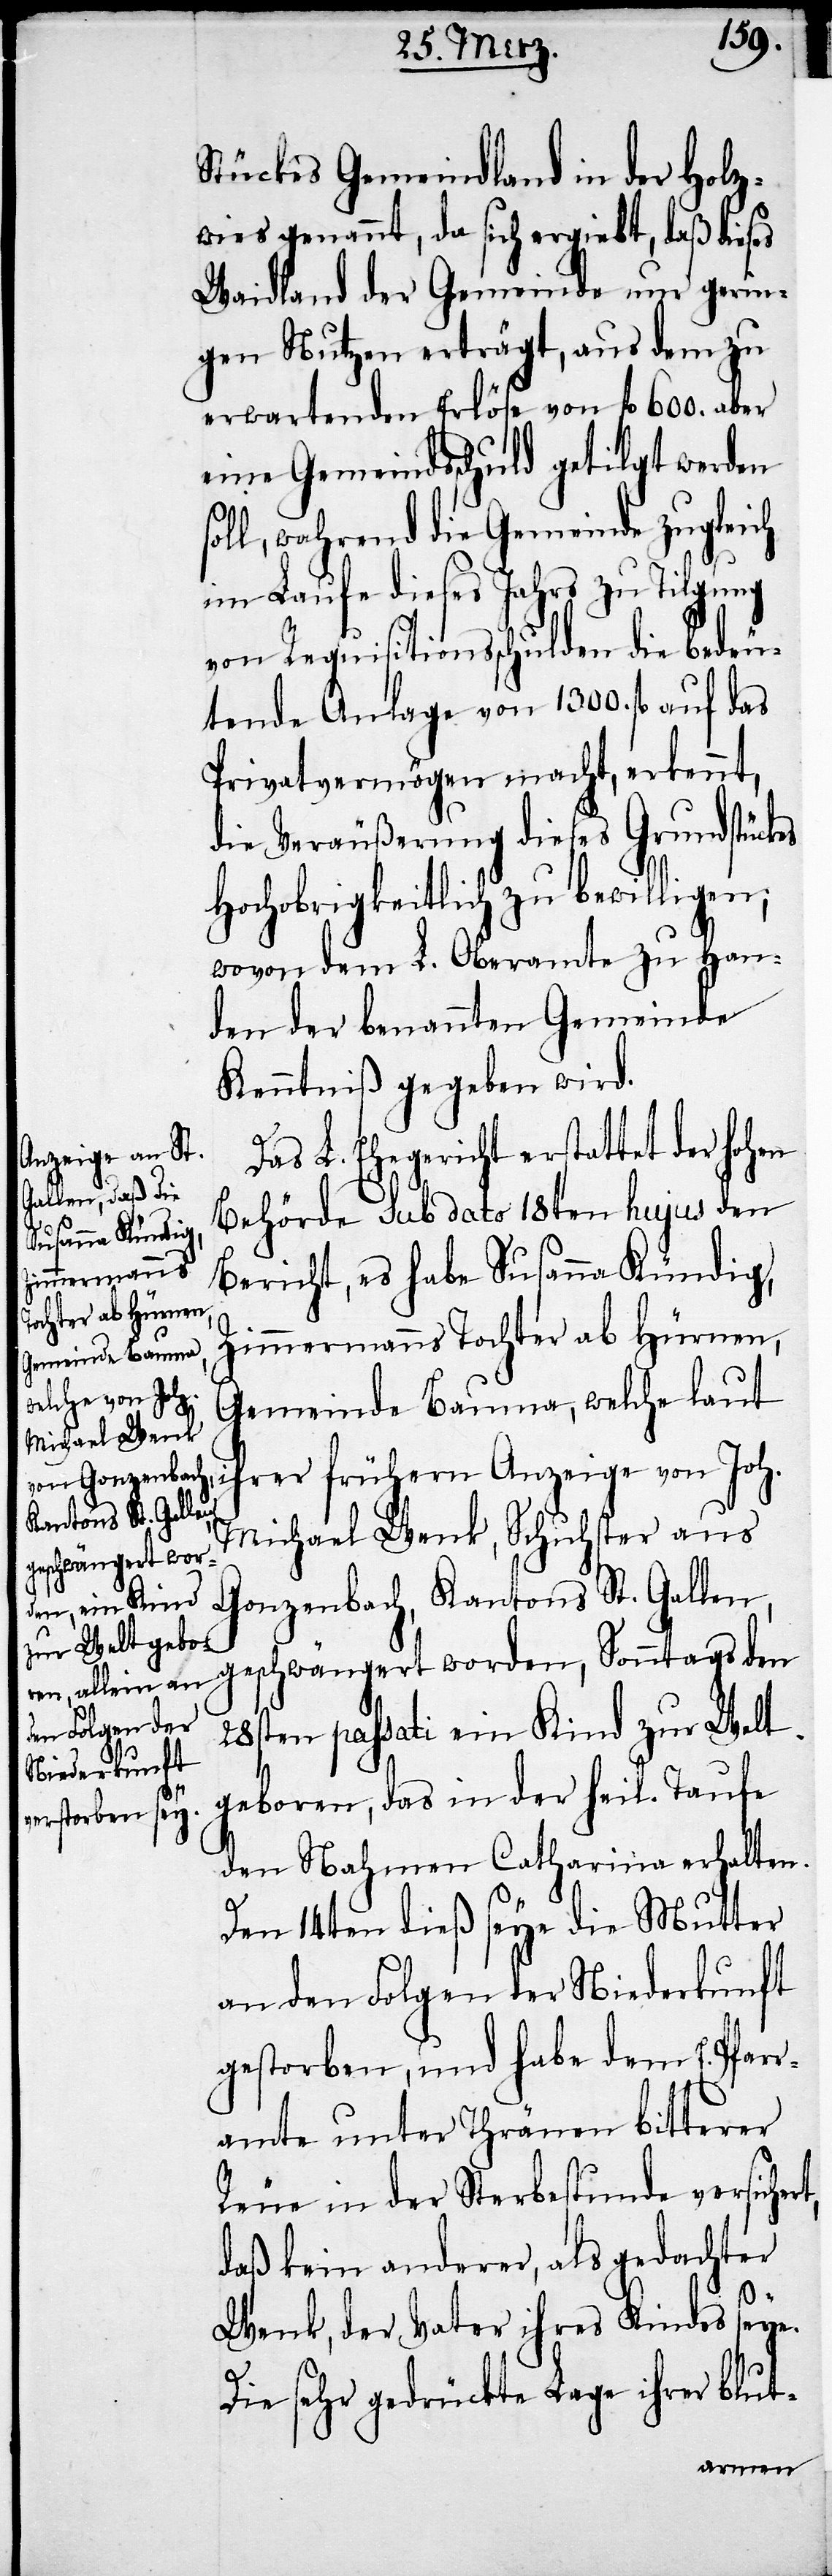
Stückes Gemeindland in der Holz¬
wies genannt, da sich ergiebt, daß dieses
Waidland der Gemeinde nur gerin¬
gen Nutzen erträgt, aus dem zu
erwartenden Erlöse von fl. 600. aber
eine Gemeindsschuld getilgt werden
oll, während die Gemeinde zugleich
im Laufe dieses Jahres zu Tilgung
von Requisitionsschulden die bedeu¬
tende Anlage von 1300. fl. auf das
Privatvermögen macht, erkennt,
die Veräußerung dieses Grundstückes
Hochobrigkeitlich zu bewilligen;
wovon dem L. Oberamte zu Han¬
den der benannten Gemeinde
Kenntniß gegeben wird.
L. Ehegericht erstattet der hohen
Behörde sub dato 18ten hujus den
Bericht, es habe Susanna Kündig,
Zimmermanns Tochter ab Hürnen,
Gemeinde Bauma, welche laut
hrer frühern Anzeige von Joh.
t,
Michael Wenk, Schuhster aus
geschwängert word¬
Gonzenbach, Kantons St. Gallen,
28sten passati ein Kind zur Welt
geboren, das in der heil[igen]
den Nahmen Catharina erhalten.
Den 14ten dieß seye die Mutter
an den Folgen der Niederkunft
gestorben, und habe dem E. Pfarr¬
amte unter Thränen bitterer
Reue in der Sterbestunde versicher¬
daß kein anderer, als gedachter
Wenk, der Vater ihres Kindes seye.
Die sehr gedrückte Lage ihrer blut-